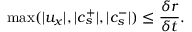
\operatorname* { m a x } ( \lvert u _ { x } \lvert , \lvert c _ { s } ^ { + } \lvert , \lvert c _ { s } ^ { - } \lvert ) \leq \frac { \delta r } { \delta t } .